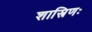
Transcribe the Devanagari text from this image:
शास्त्रिणः